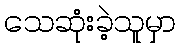
သေဆုံးခဲ့သူမှာ